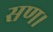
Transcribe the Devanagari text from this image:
सण।